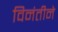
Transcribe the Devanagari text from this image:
विनंतीने